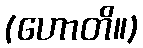
(ဟောတိ။)